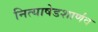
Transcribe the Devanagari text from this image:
नित्याषेडशार्णव